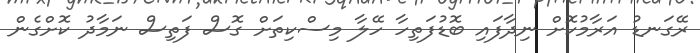
ރޭގަނޑު އަރާމުކޮށް ނިދާފައި ބޮޑުފަތިހާ ހޭލާ މިސްކިތަށް ގޮސް ފަތިސް ނަމާދު ކޮށްގެން